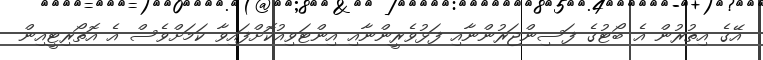
އޭގެ އިތުރުން އެ ބޯޓުގެ ފަސިންޖަރުންނާއި ފަޅުވެރީންނާއި އިންޓަވިއުކޮށްފައިވާ ކަމަށްވެސް އެ އޮތޯރިޓީއިން